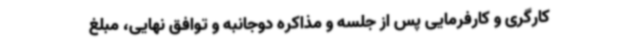
کارگری و کارفرمایی پس از جلسه و مذاکره دوجانبه و توافق نهایی، مبلغ